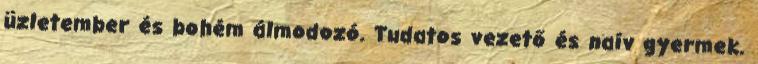
üzletember és bohém álmodozó. Tudatos vezető és naív gyermek.